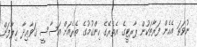
ނުވަތަ އެހެން ފަރާތަކުން ޕާރޓީގެ އެތެރޭގެ ހިންގުމުގެ ތެރެއަށް އަސާސީ ޤަވާޢިދާ ޚިލާފަށް